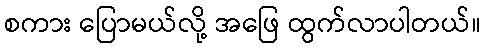
စကား ပြောမယ်လို့ အဖြေ ထွက်လာပါတယ်။